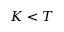
K < T